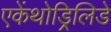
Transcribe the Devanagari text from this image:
एकेंथोड्रिलिडे